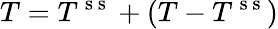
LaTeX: T=T^{\mathrm{~s~s~}}+(T-T^{\mathrm{~s~s~}})